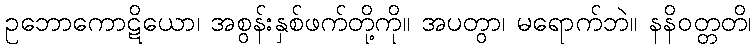
ဥဘောကောဋိယော၊ အစွန်းနှစ်ဖက်တို့ကို။ အပတွာ၊ မရောက်ဘဲ။ နနိဝတ္တတိ၊